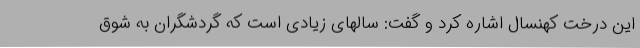
این درخت کهنسال اشاره کرد و گفت: سالهای زیادی است که گردشگران به شوق